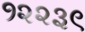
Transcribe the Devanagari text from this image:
१२२३९